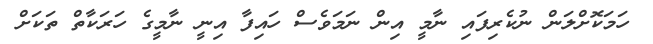
ހަމަކޮށްލަން ނުކެރިފައި ނާމީ އިން ނަމަވެސް ހައިފާ އިނީ ނާމީގެ ހަރަކާތް ތަކަށް